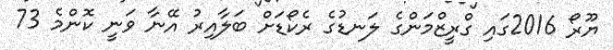
ޔޫރޯ 2016ގައި ގްރީޒްމަންގެ ލަނޑުގެ ރެކޯޑަށް ބަލާއިރު އޭނާ ވަނީ ކޮންމެ 73